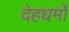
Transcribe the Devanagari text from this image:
देहधर्मों